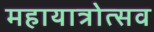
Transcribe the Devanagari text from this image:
महायात्रोत्सव